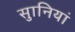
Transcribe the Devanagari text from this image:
सुानियां